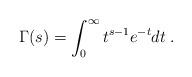
LaTeX: \begin{align*}\Gamma(s) = \int_0^\infty t^{s-1}e^{-t}dt\; .\end{align*}